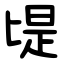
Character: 㔭